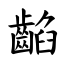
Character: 䶟